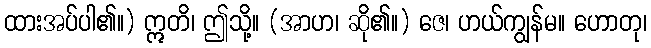
ထားအပ်ပါ၏။) ဣတိ၊ ဤသို့။ (အာဟ၊ ဆို၏။) ဇေ၊ ဟယ်ကျွန်မ။ ဟောတု၊